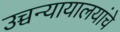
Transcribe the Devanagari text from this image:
उच्चन्यायालयांचे